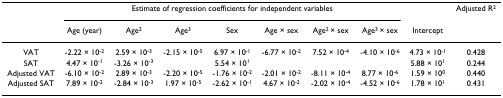
|  | <COLSPAN=7> Estimate of regression coefficients for independent variables |  | Adjusted R2 |
 |  | Age (year) | Age2 | Age3 | Sex | Age × sex | Age2 × sex | Age3 × sex | Intercept |  |
 | --- | --- | --- | --- | --- | --- | --- | --- | --- | --- |
 | VAT | -2.22 × 10-2 | 2.59 × 10-3 | -2.15 × 10-5 | 6.97 × 10-1 | -6.77 × 10-2 | 7.52 × 10-4 | -4.10 × 10-6 | 4.73 × 10-1 | 0.428 |
 | SAT | 4.47 × 10-1 | -3.26 × 10-3 |  | 5.54 × 101 |  |  |  | 5.88 × 101 | 0.244 |
 | Adjusted VAT | -6.10 × 10-2 | 2.89 × 10-3 | -2.20 × 10-5 | -1.76 × 10-2 | -2.01 × 10-2 | -8.11 × 10-4 | 8.77 × 10-6 | 1.59 × 100 | 0.440 |
 | Adjusted SAT | 7.89 × 10-2 | -2.84 × 10-3 | 1.97 × 10-5 | -2.62 × 10-1 | 4.67 × 10-2 | -2.02 × 10-4 | -4.52 × 10-6 | 1.78 × 101 | 0.431 |